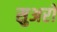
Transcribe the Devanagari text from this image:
सुअरो